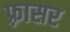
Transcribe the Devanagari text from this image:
फ़्रासर